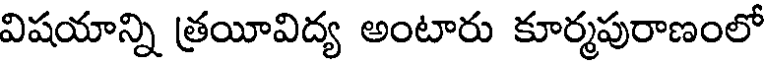
విషయాన్ని త్రయీవిద్య అంటారు కూర్మపురాణంలో